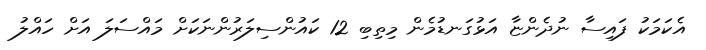
އެކަމަކު ފައިސާ ނުދެންޏާ އަޅުގަނޑުމެން މިތިބި 12 ކައުންސިލަރުންނަކަށް މައްސަލަ އަށް ހައްލު